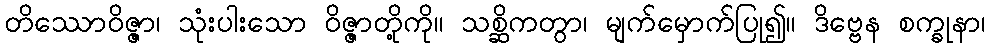
တိဿောဝိဇ္ဇာ၊ သုံးပါးသော ဝိဇ္ဇာတို့ကို။ သစ္ဆိကတွာ၊ မျက်မှောက်ပြု၍။ ဒိဗ္ဗေန စက္ခုနာ၊